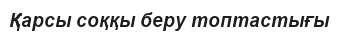
Қарсы соққы беру топтастығы